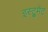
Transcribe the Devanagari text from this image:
इस्ट्रुमेंट